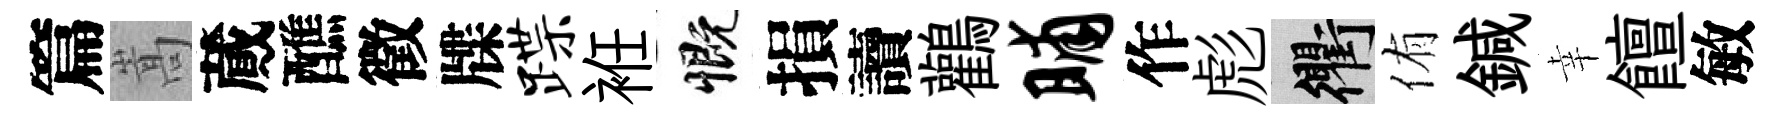
篇嵩蕆醮徵牒蹀袵慨損讀鸛晡作彪衢侑鍼幸饘敏